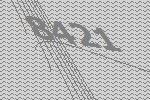
8421